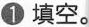
1 填空。